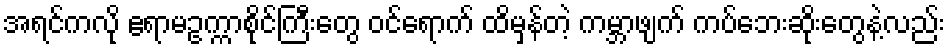
အရင်ကလို ဧရာမဥက္ကာစိုင်ကြီးတွေ ဝင်ရောက် ထိမှန်တဲ့ ကမ္ဘာဖျက် ကပ်ဘေးဆိုးတွေနဲ့လည်း